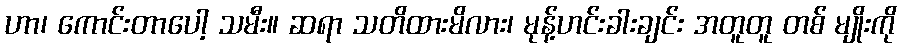
ဟာ၊ ကောင်းတာပေါ့ သမီး။ ဆရာ သတိထားမိလား၊ မုန့်ဟင်းခါးချင်း အတူတူ တစ် မျိုးကို